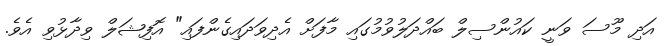
އަދި މޫސަ ވަނީ ކައުންސިލް ބައްދަލުވުމުގައި މާފަށް އެދިވަދައިގެންފައި" އޮފިޝަލް ވިދާޅުވި އެވެ.